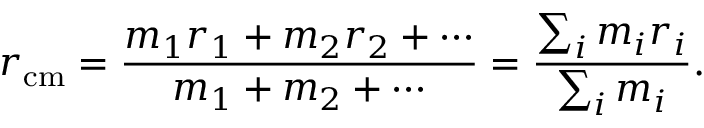
r _ { \mathrm { c m } } = { \frac { m _ { 1 } r _ { 1 } + m _ { 2 } r _ { 2 } + \cdots } { m _ { 1 } + m _ { 2 } + \cdots } } = { \frac { \sum _ { i } m _ { i } r _ { i } } { \sum _ { i } m _ { i } } } .